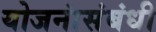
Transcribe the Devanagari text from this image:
योजनांसंबंधी